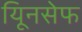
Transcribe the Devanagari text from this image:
यूिनसेफ